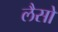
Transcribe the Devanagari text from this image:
लैसो